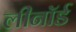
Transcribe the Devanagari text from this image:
लीनॉर्ड